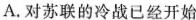
A.对苏联的冷战已经开始